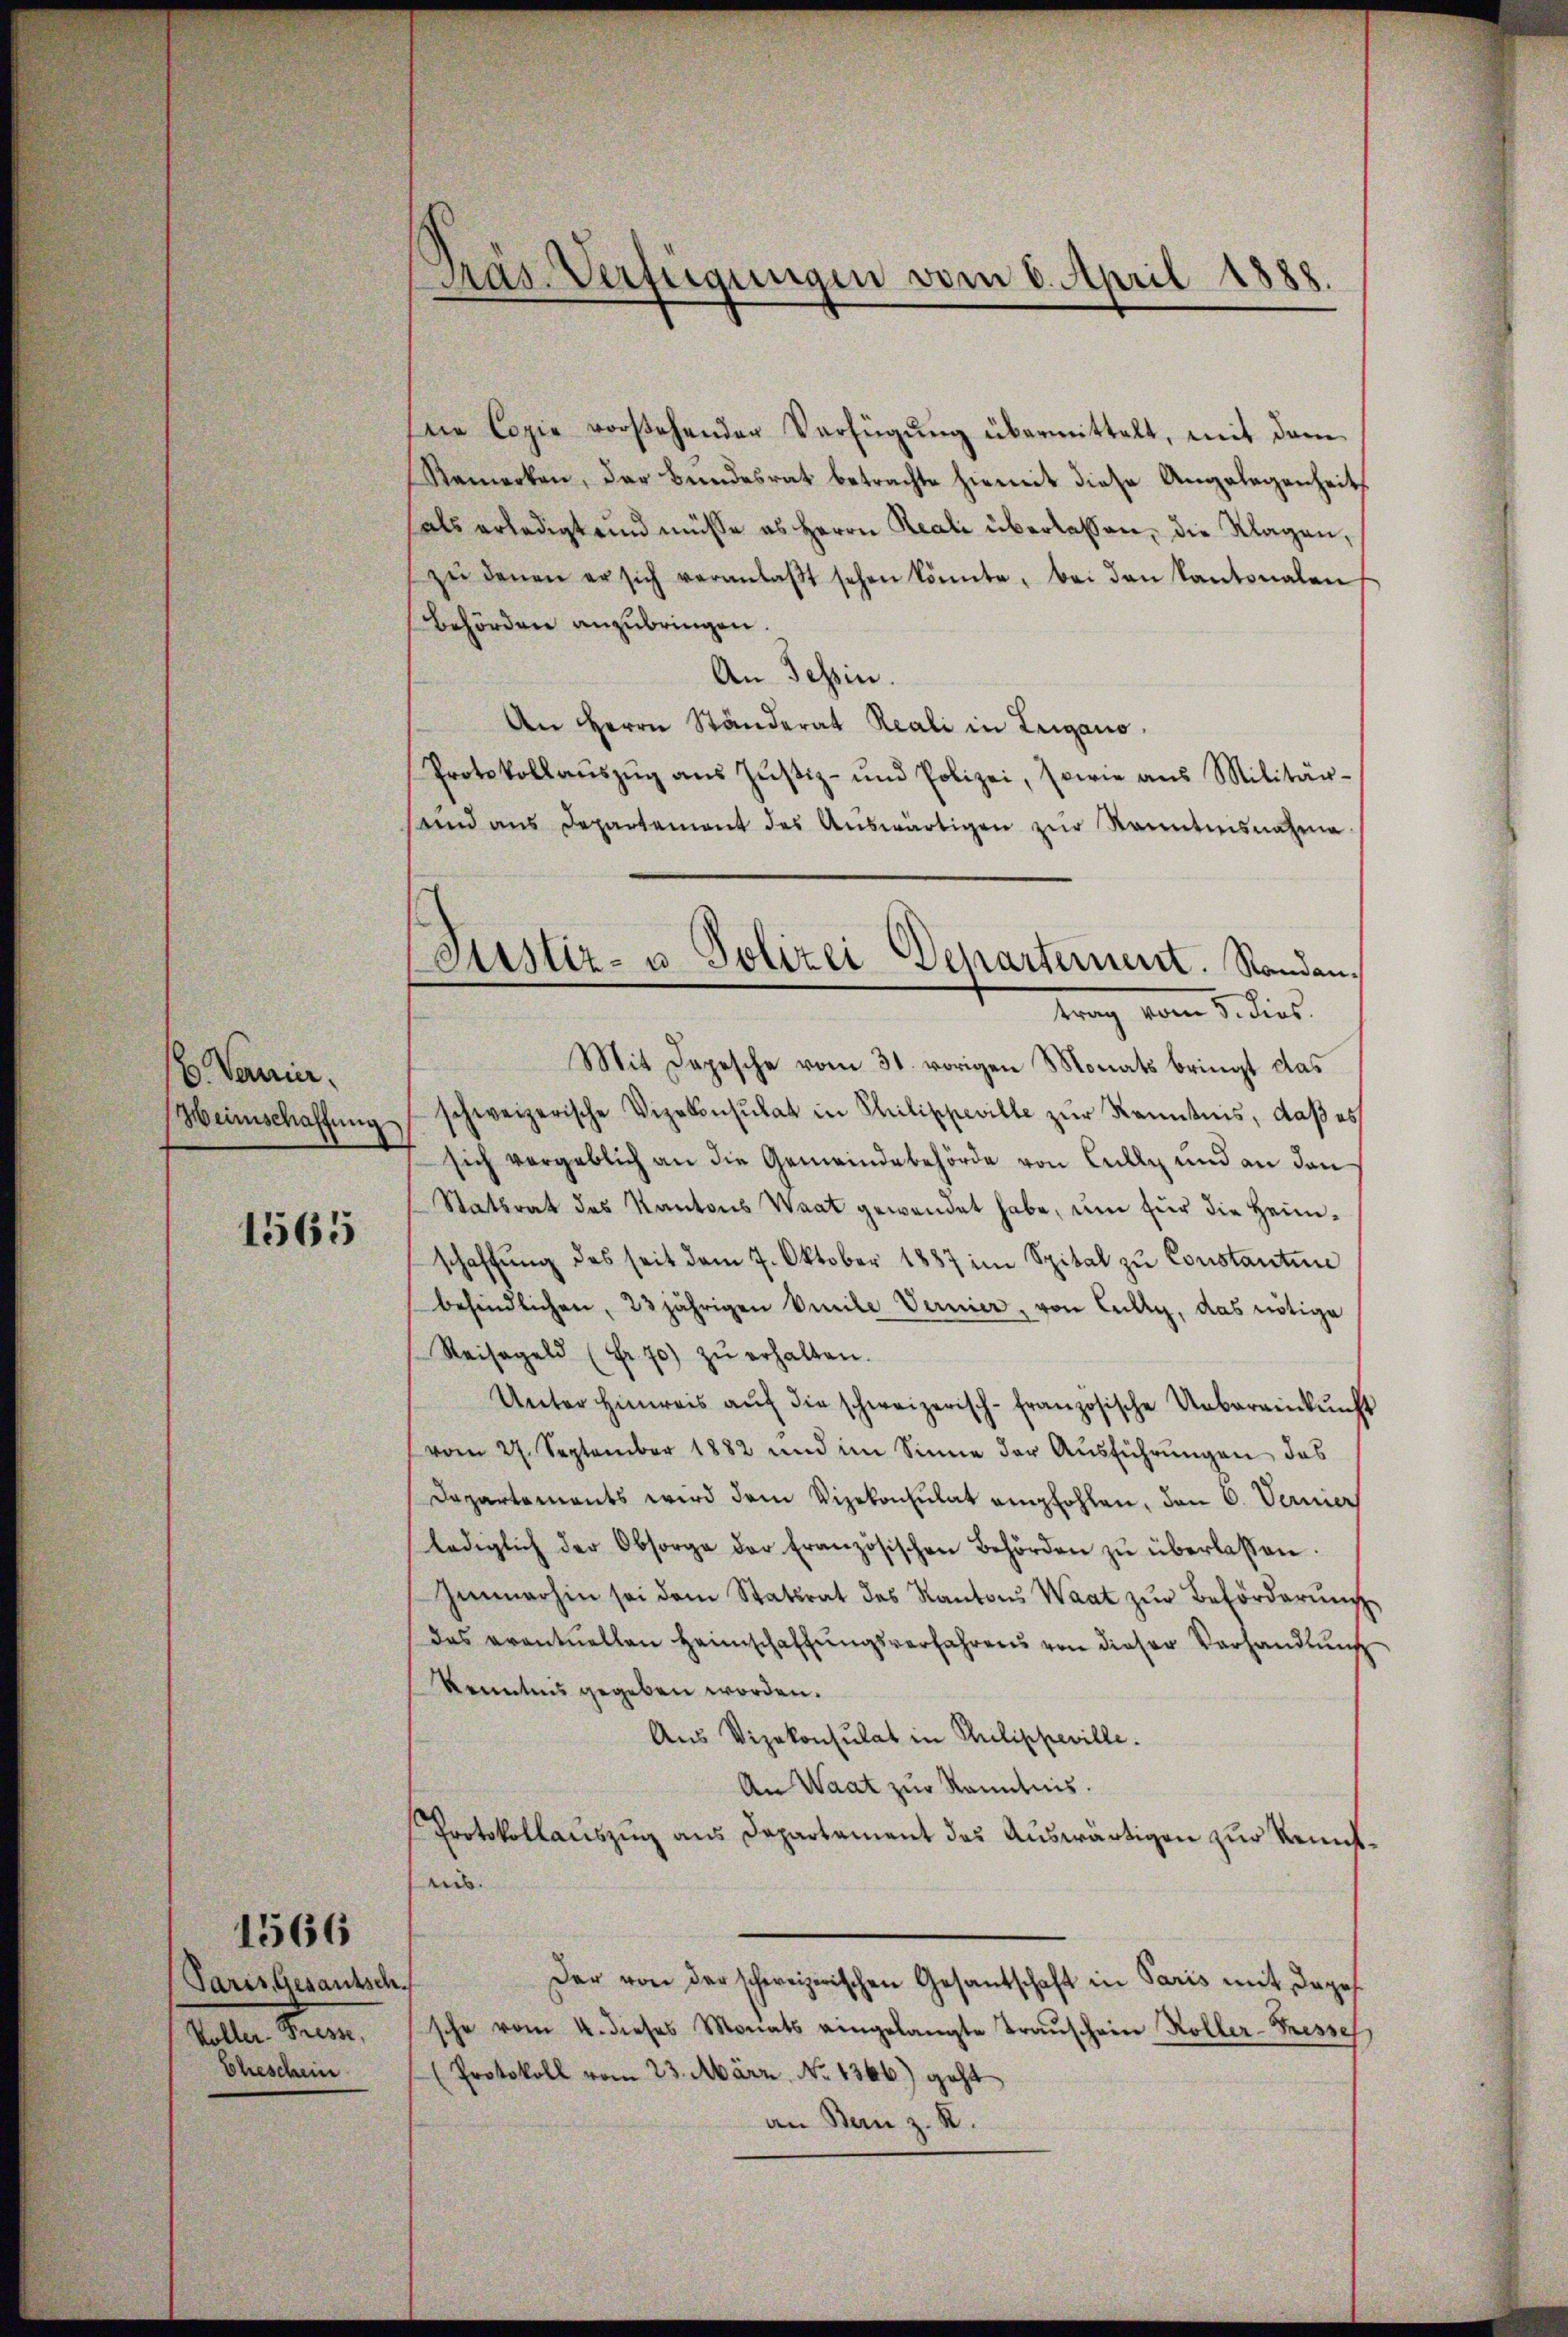
b. Vermier.
Weinschaffung

1565

Paris Gesantsch.
talen sein
Eheschein

1566

Präs. Verfügungen vom 6. April 1888.

(Justiz- u. Polizei Departement. Standantrag vom 5. dies

eie Copie vorstehender Verfügŭng übermittelt, mit dem
Remerken, der Bundesrat betrachte hiemit diese Angelegenheit
als erledigt und müsse es Herrn Reali überlassen, die Klagen,
zŭ denen er sich veranlaβt sehen könnte, bei den Kantonalen
Behörden anzubringen.
An Tessin.
An Herrn Ständerat Reali in Lugano.
Protokollaŭszŭg aŭs Zŭstiz- und Polizei, sowie ans Militär-
sand aus Departement des Auswärtigen zur Kenntnisnahme
Mit Depesche vom 31. vorigen Monats bringt das
schweizerische Vizekonsulat in Philippeville zur Kenntnis, daß es
sich vergeblich an die Gemeindebehörde von Celle und an dan
Statsrat des Kantons Waat gewendet habe, um für die Heimschaffŭng des seit dem 7. Oktober 1887 im Spital zu Constantine
befindlichen, 23jährigen Seile Vernier, von Cully, das nötige
Reisegeld (Fr. 70) zŭ erhalten.
Unter hinreis aŭf die schweizerisch-französische Uebereinkunft
vom 27. September 1882 und im Sinne der Aŭsführŭngen das
Dapartements wird dem Vizekonsulat empfohlen, den 6. Vernier
lediglich der Obsorge der französischen Behörden zŭ überlassen.
Immerhin sei dem Statsrat des Kantons Waat zur Beförderung
das eventuellen Heimschaffŭngsverfahrens von dieser Verhandlŭng
Kenntnis gegeben worden.
Aus Vizekonsulat in Philippeville.
An Waat zur Kenntnis.
Protokollauszug aus Departement das Auswärtigen zur Kenntans.
Der von der schweizerischen Gesantschaft in Paris mit dagesche vom 4. dieses Monats eingelangte Traŭschein Koller-Fressel
Protokoll vom 23. März. No 1366) geht
an Bern z. R.